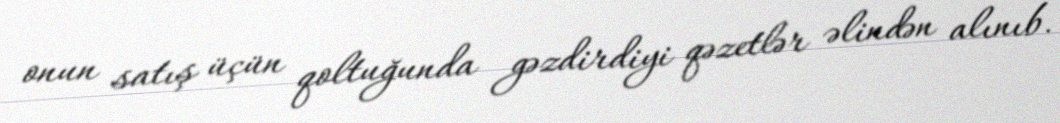
onun satış üçün qoltuğunda gəzdirdiyi qəzetlər əlindən alınıb.